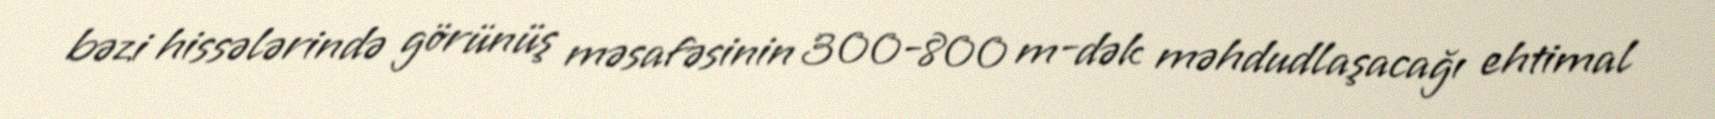
bəzi hissələrində görünüş məsafəsinin 300-800 m-dək məhdudlaşacağı ehtimal